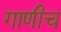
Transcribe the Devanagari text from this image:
गाणीच